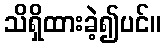
သိရှိထားခဲ့၍ပင်။